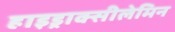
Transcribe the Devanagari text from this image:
हाइड्राक्सीलेमिन